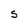
Character: S